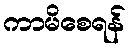
ကာမိစေရန်